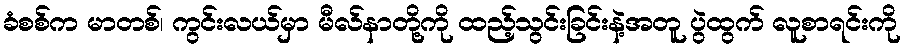
ခံစစ်က မာတစ်၊ ကွင်းလယ်မှာ မီလ်နာတို့ကို ထည့်သွင်းခြင်းနဲ့အတူ ပွဲထွက် လူစာရင်းကို